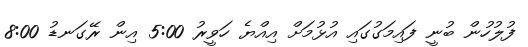
ފުލުހުން ބުނީ ފައިމަގުގައި އުޅުމަށް އިއްޔެ ހަވީރު 5:00 އިން ރޭގަނޑު 8:00